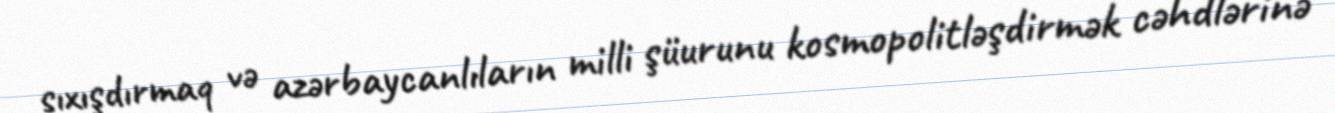
sıxışdırmaq və azərbaycanlıların milli şüurunu kosmopolitləşdirmək cəhdlərinə